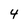
Character: 4